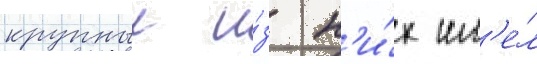
крупныи и́з н'и́х им'е́л